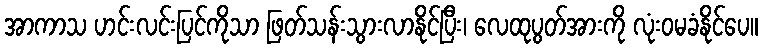
အာကာသ ဟင်းလင်းပြင်ကိုသာ ဖြတ်သန်းသွားလာနိုင်ပြီး၊ လေထုပွတ်အားကို လုံးဝမခံနိုင်ပေ။